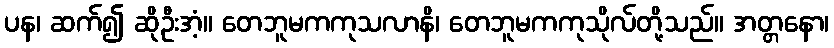
ပန၊ ဆက်၍ ဆိုဦးအံ့။ တေဘူမကကုသလာနိ၊ တေဘူမကကုသိုလ်တို့သည်။ အတ္တနော၊